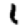
Digit: 1